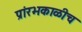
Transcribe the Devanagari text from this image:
प्रांरभकाळीच